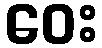
ဝေး